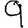
Digit: 9